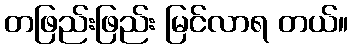
တဖြည်းဖြည်း မြင်လာရ တယ်။